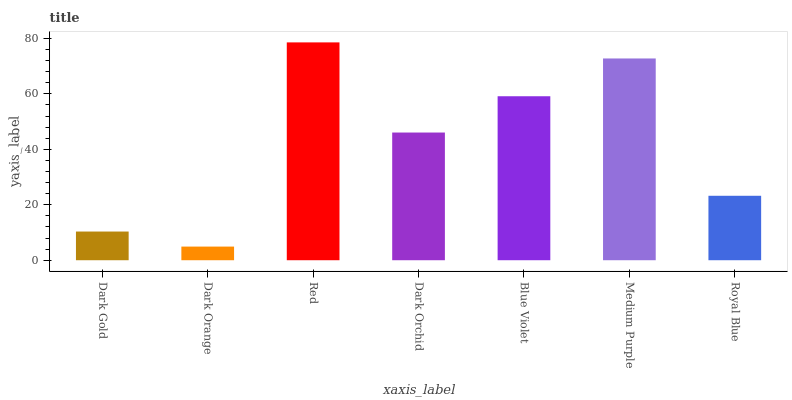
| xaxis_label | bars |
 | --- | --- |
 | Dark Gold | 10.3 |
 | Dark Orange | 4.92 |
 | Red | 78.6 |
 | Dark Orchid | 46.1 |
 | Blue Violet | 59.1 |
 | Medium Purple | 72.8 |
 | Royal Blue | 23.2 |